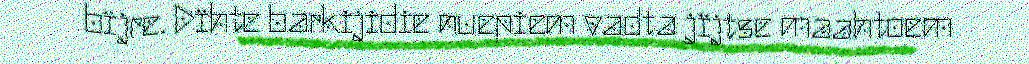
bïjre. Dïhte barkijidie nuepiem vadta jïjtse maahtoem